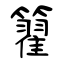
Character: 籊